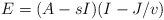
\begin{align*}E=(A-sI)(I-J/v)\end{align*}